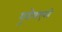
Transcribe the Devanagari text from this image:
युरोपाएवढे